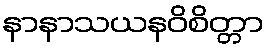
နာနာသယနဝိစိတ္တာ